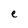
Character: e